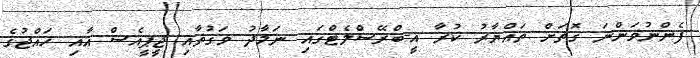
ފެންނުވަންނަ ގޮތަށް ތައްޔާރު ކުރާ އީ-ބްރޭސްލެޓްގައި ނަމާދު ވަގުތާއި ޖީޕީއެސް އާއި ހައްޖުގެ